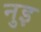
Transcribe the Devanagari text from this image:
नुइ